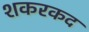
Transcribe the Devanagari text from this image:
शकरकद